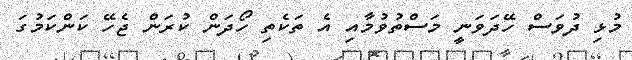
މުޅި ދުވަސް ހޭދަވަނީ މަސްތުވުމާއި އެ ތަކެތި ހޯދަން ކުރަން ޖެހޭ ކަންކަމުގަ